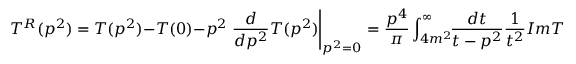
T ^ { R } ( p ^ { 2 } ) = T ( p ^ { 2 } ) - T ( 0 ) - p ^ { 2 } \left. \frac { d } { d p ^ { 2 } } T ( p ^ { 2 } ) \right| _ { p ^ { 2 } = 0 } = \frac { p ^ { 4 } } { \pi } \int _ { 4 m ^ { 2 } } ^ { \infty } \! \! \frac { d t } { t - p ^ { 2 } } \frac { 1 } { t ^ { 2 } } I m T ( t )